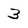
Character: 3